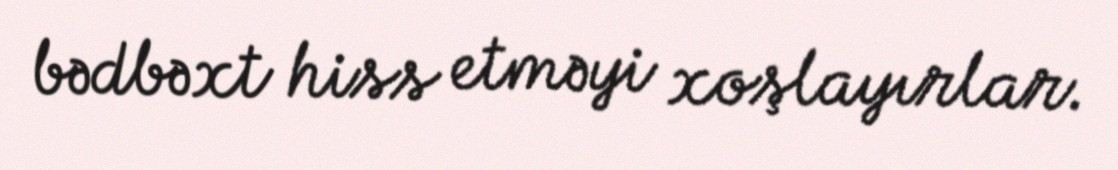
bədbəxt hiss etməyi xoşlayırlar.